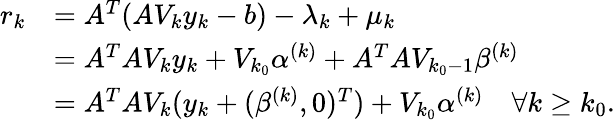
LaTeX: \begin{array}{rl}{r_{k}}&{=A^{T}(AV_{k}y_{k}-b)-\lambda_{k}+\mu_{k}}\\ &{=A^{T}AV_{k}y_{k}+V_{k_{0}}\alpha^{(k)}+A^{T}AV_{k_{0}-1}\beta^{(k)}}\\ &{=A^{T}AV_{k}(y_{k}+(\beta^{(k)},0)^{T})+V_{k_{0}}\alpha^{(k)}\quad\forall k\ge k_{0}.}\end{array}